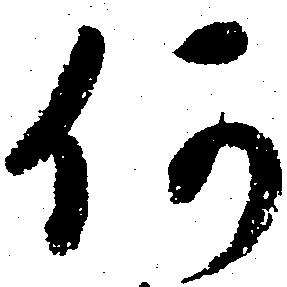
何